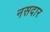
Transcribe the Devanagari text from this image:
नसदार